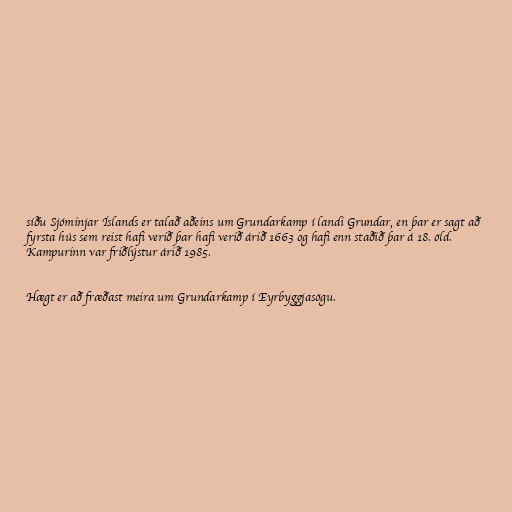
síðu Sjóminjar Íslands er talað aðeins um Grundarkamp í landi Grundar, en þar er sagt að
fyrsta hús sem reist hafi verið þar hafi verið árið 1663 og hafi enn staðið þar á 18. öld.
Kampurinn var friðlýstur árið 1985.

Hægt er að fræðast meira um Grundarkamp í Eyrbyggjasögu.